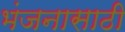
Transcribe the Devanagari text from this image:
भंजनासाठी